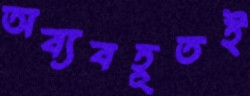
অব্যবহূতই